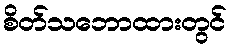
စိတ်သဘောထားတွင်